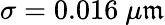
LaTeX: \sigma=0.016~\mu\mathfrak{m}